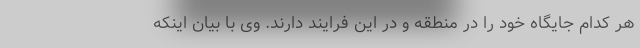
هر کدام جایگاه خود را در منطقه و در این فرایند دارند. وی با بیان اینکه